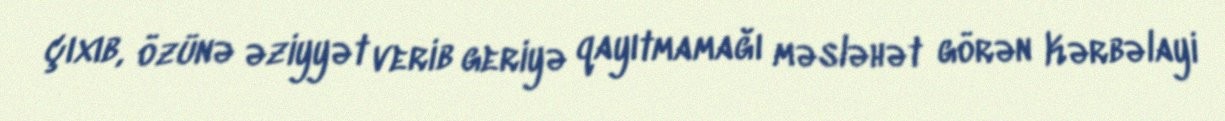
çıxıb, özünə əziyyət verib geriyə qayıtmamağı məsləhət görən Kərbəlayi